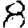
Digit: 8